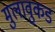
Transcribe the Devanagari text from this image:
मुलावुकड